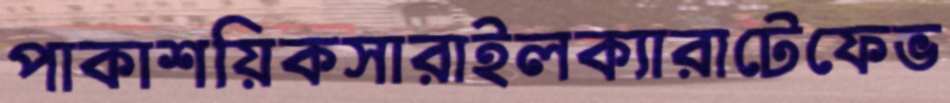
পাকাশয়িকসারাইলক্যারাটেফেভ